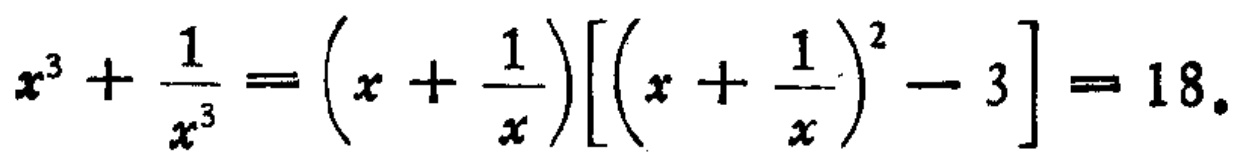
\(x^{3}+\frac{1}{x^{3}}=\left(x + \frac{1}{x}\right)\left[\left(x+\frac{1}{x}\right)^{2}-3\right]=18.\)